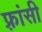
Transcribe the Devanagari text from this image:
फ़्रांसी